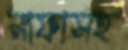
নাফাসহ